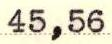
45,56